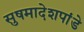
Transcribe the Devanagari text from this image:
सुषमादेशपांडे